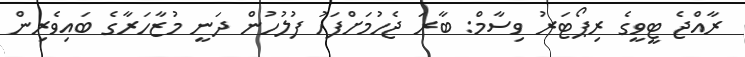
ރާއްޖެ ޓީވީގެ ރިޕޯޓަރު ވިސާމް: ބާރަ ޖެހުމަށްފަހު ފުލުހުން ދަނީ މުޒާހަރާގެ ބައިވެރިން